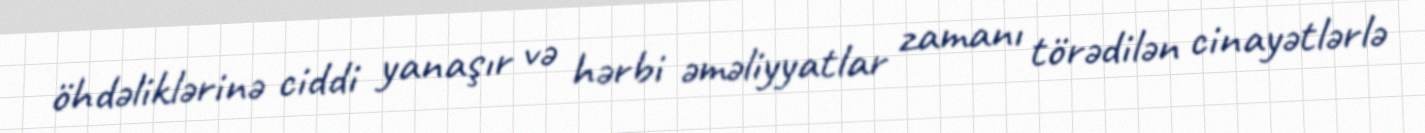
öhdəliklərinə ciddi yanaşır və hərbi əməliyyatlar zamanı törədilən cinayətlərlə